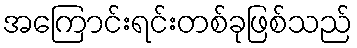
အကြောင်းရင်းတစ်ခုဖြစ်သည်